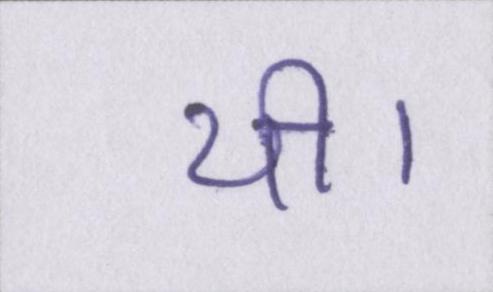
थी।